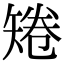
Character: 𥏙